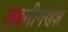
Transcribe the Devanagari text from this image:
लक्ष्मीगणेश